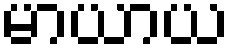
မာယာယ